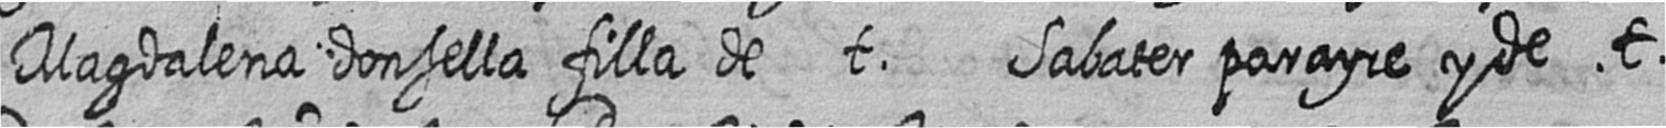
Magdalena donsella filla de t Sabater parayre y de t